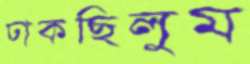
ঢাকছিলুম